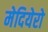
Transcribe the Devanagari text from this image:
मेदियेरो